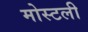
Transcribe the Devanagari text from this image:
मोस्टली